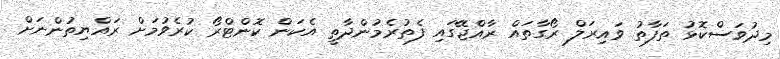
މިދުވަސްކޮޅު ތަފާތު ވައިރަލް ރޯގާތައް ރާއްޖޭގައި ފެތުރެމުންދާތީ އެކަން ކޮންޓްރޯ ކުރެވުމަށް ރައްޔިތުންނަށް